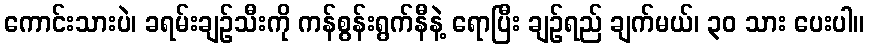
ကောင်းသားပဲ၊ ခရမ်းချဉ်သီးကို ကန်စွန်းရွက်နီနဲ့ ရောပြီး ချဉ်ရည် ချက်မယ်၊ ၃၀ သား ပေးပါ။